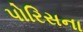
પોરિસના